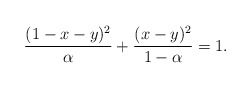
\begin{align*}\frac{(1-x-y)^2}{\alpha}+\frac{(x-y)^2}{1-\alpha}=1.\end{align*}